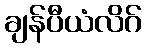
ချန်ပီယံလိဂ်